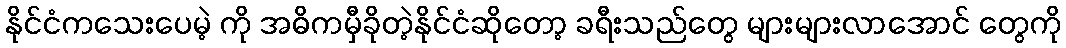
နိုင်ငံကသေးပေမဲ့ ကို အဓိကမှီခိုတဲ့နိုင်ငံဆိုတော့ ခရီးသည်တွေ များများလာအောင် တွေကို